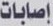
إصابات